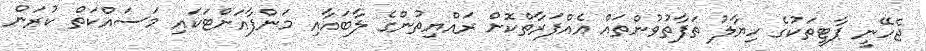
ޖެހޭނީ ޕާޓީތަކުގެ ހިޔާލު ތަފާތުވުންތައް އެއްފަރާތްކޮށް ރައްޔިތުންގެ ލާބައާއި މަންފާއަށްޓަކައި މަސައްކަތް ކުރަން